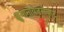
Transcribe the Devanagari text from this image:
ह्युमानोयेडरोबोट